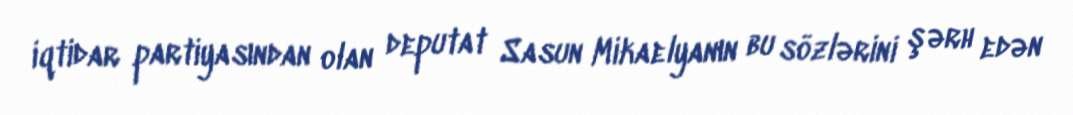
iqtidar partiyasından olan deputat Sasun Mikaelyanın bu sözlərini şərh edən